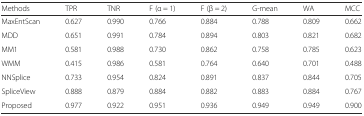
<table><thead><tr><td><b>Methods</b></td><td><b>TPR</b></td><td><b>TNR</b></td><td><b>F (α = 1)</b></td><td><b>F (β = 2)</b></td><td><b>G-mean</b></td><td><b>WA</b></td><td><b>MCC</b></td></tr></thead><tbody><tr><td>MaxEntScan</td><td>0.627</td><td>0.990</td><td>0.766</td><td>0.884</td><td>0.788</td><td>0.809</td><td>0.662</td></tr><tr><td>MDD</td><td>0.651</td><td>0.991</td><td>0.784</td><td>0.894</td><td>0.803</td><td>0.821</td><td>0.682</td></tr><tr><td>MM1</td><td>0.581</td><td>0.988</td><td>0.730</td><td>0.862</td><td>0.758</td><td>0.785</td><td>0.623</td></tr><tr><td>WMM</td><td>0.415</td><td>0.986</td><td>0.581</td><td>0.764</td><td>0.640</td><td>0.701</td><td>0.488</td></tr><tr><td>NNSplice</td><td>0.733</td><td>0.954</td><td>0.824</td><td>0.891</td><td>0.837</td><td>0.844</td><td>0.705</td></tr><tr><td>SpliceView</td><td>0.888</td><td>0.879</td><td>0.884</td><td>0.882</td><td>0.883</td><td>0.884</td><td>0.767</td></tr><tr><td>Proposed</td><td>0.977</td><td>0.922</td><td>0.951</td><td>0.936</td><td>0.949</td><td>0.949</td><td>0.900</td></tr></tbody></table>